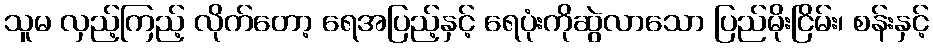
သူမ လှည့်ကြည့် လိုက်တော့ ရေအပြည့်နှင့် ရေပုံးကိုဆွဲလာသော ပြည်မိုးငြိမ်း၊ စန်းနှင့်